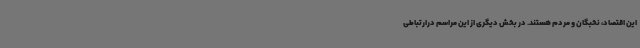
این اقتصاد، نخبگان و مردم هستند. در بخش دیگری از این مراسم درارتباطی